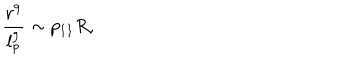
LaTeX: \frac { r ^ { 9 } } { l _ { p } ^ { 9 } } \sim p _ { 1 1 } R ,